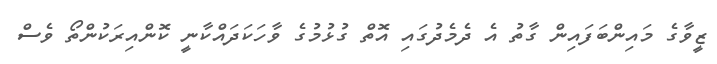
ޒީވާގެ މައިންބަފައިން ގާތު އެ ދެމެދުގައި އޮތް ގުޅުމުގެ ވާހަކަދައްކާނީ ކޮންއިރަކުންތޯ ވެސް